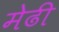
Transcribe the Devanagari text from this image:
मेढी